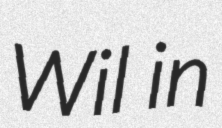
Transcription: Wil in